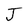
Character: J